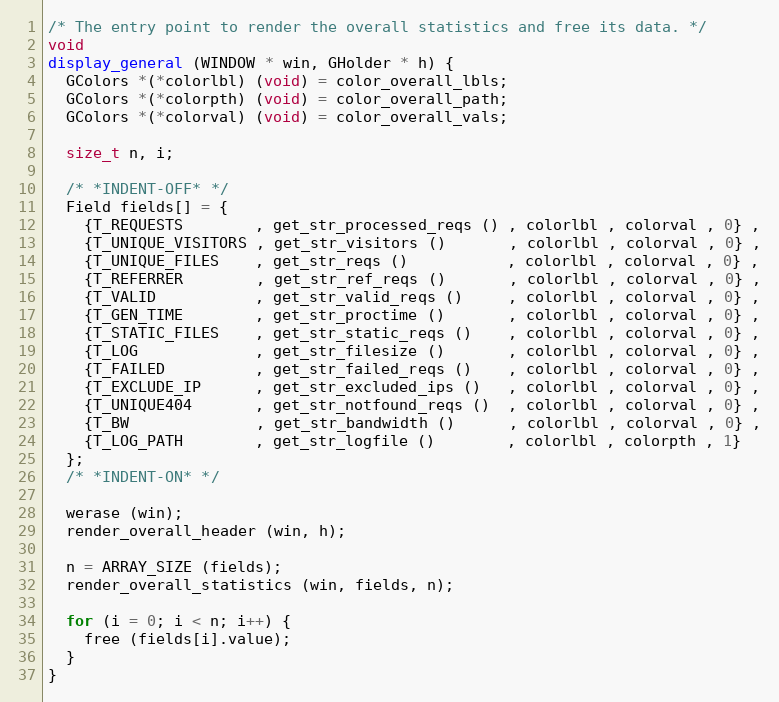
Language: C
/* The entry point to render the overall statistics and free its data. */
void
display_general (WINDOW * win, GHolder * h) {
  GColors *(*colorlbl) (void) = color_overall_lbls;
  GColors *(*colorpth) (void) = color_overall_path;
  GColors *(*colorval) (void) = color_overall_vals;

  size_t n, i;

  /* *INDENT-OFF* */
  Field fields[] = {
    {T_REQUESTS        , get_str_processed_reqs () , colorlbl , colorval , 0} ,
    {T_UNIQUE_VISITORS , get_str_visitors ()       , colorlbl , colorval , 0} ,
    {T_UNIQUE_FILES    , get_str_reqs ()           , colorlbl , colorval , 0} ,
    {T_REFERRER        , get_str_ref_reqs ()       , colorlbl , colorval , 0} ,
    {T_VALID           , get_str_valid_reqs ()     , colorlbl , colorval , 0} ,
    {T_GEN_TIME        , get_str_proctime ()       , colorlbl , colorval , 0} ,
    {T_STATIC_FILES    , get_str_static_reqs ()    , colorlbl , colorval , 0} ,
    {T_LOG             , get_str_filesize ()       , colorlbl , colorval , 0} ,
    {T_FAILED          , get_str_failed_reqs ()    , colorlbl , colorval , 0} ,
    {T_EXCLUDE_IP      , get_str_excluded_ips ()   , colorlbl , colorval , 0} ,
    {T_UNIQUE404       , get_str_notfound_reqs ()  , colorlbl , colorval , 0} ,
    {T_BW              , get_str_bandwidth ()      , colorlbl , colorval , 0} ,
    {T_LOG_PATH        , get_str_logfile ()        , colorlbl , colorpth , 1}
  };
  /* *INDENT-ON* */

  werase (win);
  render_overall_header (win, h);

  n = ARRAY_SIZE (fields);
  render_overall_statistics (win, fields, n);

  for (i = 0; i < n; i++) {
    free (fields[i].value);
  }
}